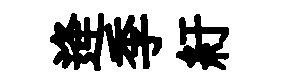
逄季紆